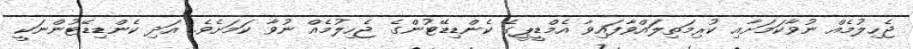
ޖެހިލުމެއް ނުވާކަމަށާއި ކުރިމަތިލައްވާފައިވާ އެމްޑީޕީގެ ކެންޑިޑޭޓުންގެ ޖެހިލުމެއް ނުވާ ކަމަށެވެ. އަދި ކެންޑިޑޭޓުންނަކީ